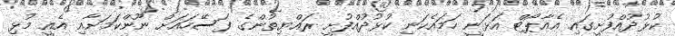
ކުޅުދުއްފުށީގައިި އެއާޕޯޓް އަޅަނީ ހަމައެކަނި ކުޅުދުއްފުށީ ރައްޔިތުންގެ ފަސޭހައަށް ނޫންކަމަށާއި އެއީ މުޅި